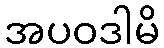
အပဝဒါမိ